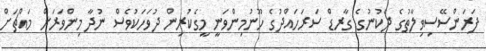
ފަރަންސޭސިވިލާތުގެ ދެކުނުގެ ގާރޑް ސަރަހައްދުގެ ހޫނުމިންވަނީ މީގެކުރިން ދުވަހަކުވެސް ނުދާ މިންވަރަށް މައްޗަށް